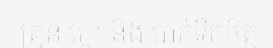
គ្រុន ក្តៅ និង បាក់ទឹកចិត្ត